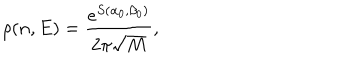
\rho ( n , E ) = \frac { e ^ { S ( \alpha _ { 0 } , \beta _ { 0 } ) } } { 2 \pi \sqrt { M } } ,